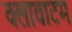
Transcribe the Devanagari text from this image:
क्लावाटम